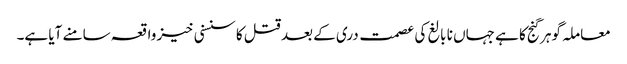
معاملہ گوہر گنج کا ہے جہاں نا بالغ کی عصمت دری کے بعد قتل کا سنسنی خیز واقعہ سامنے آیا ہے۔